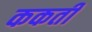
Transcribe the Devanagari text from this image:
ककती